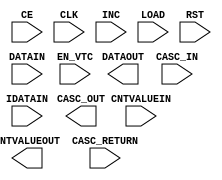
module IDELAYE3 #(
  `ifdef XIL_TIMING
  parameter LOC = "UNPLACED",  
  `endif
  parameter CASCADE = "NONE",
  parameter DELAY_FORMAT = "TIME",
  parameter DELAY_SRC = "IDATAIN",
  parameter DELAY_TYPE = "FIXED",
  parameter integer DELAY_VALUE = 0,
  parameter [0:0] IS_CLK_INVERTED = 1'b0,
  parameter [0:0] IS_RST_INVERTED = 1'b0,
  parameter LOOPBACK = "FALSE",
  parameter real REFCLK_FREQUENCY = 300.0,
  parameter real SIM_VERSION = 2.0,
  parameter UPDATE_MODE = "ASYNC"
)(
  output CASC_OUT,
  output [8:0] CNTVALUEOUT,
  output DATAOUT,

  input CASC_IN,
  input CASC_RETURN,
  input CE,
  input CLK,
  input [8:0] CNTVALUEIN,
  input DATAIN,
  input EN_VTC,
  input IDATAIN,
  input INC,
  input LOAD,
  input RST
);
 
endmodule